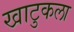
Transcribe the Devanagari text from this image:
खाटुकला